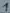
Text: 1